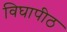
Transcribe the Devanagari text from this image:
विघापीठ